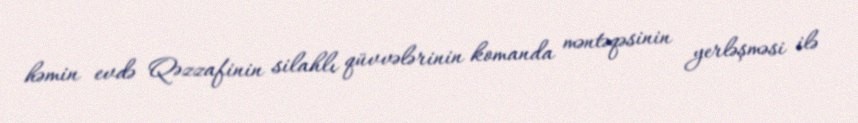
həmin evdə Qəzzafinin silahlı qüvvələrinin komanda məntəqəsinin yerləşməsi ilə